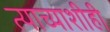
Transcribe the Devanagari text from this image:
त्याच्याशीही